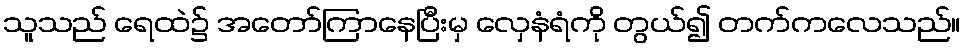
သူသည် ရေထဲ၌ အတော်ကြာနေပြီးမှ လှေနံရံကို တွယ်၍ တက်ကလေသည်။